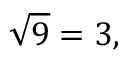
{ \sqrt { 9 } } = 3 ,